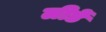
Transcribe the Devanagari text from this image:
लीडें